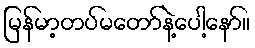
မြန်မာ့တပ်မတော်နဲ့ပေါ့နော်။